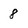
Character: 8